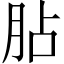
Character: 胋